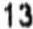
13